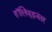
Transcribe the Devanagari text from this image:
हॉलिवूडनंतर